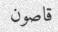
قاصون